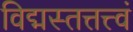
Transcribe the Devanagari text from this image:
विद्मस्तत्तत्त्वं